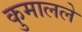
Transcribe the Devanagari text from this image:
कुमालले